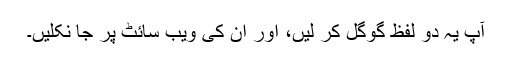
آپ یہ دو لفظ گوگل کر لیں، اور ان کی ویب سائٹ پر جا نکلیں۔